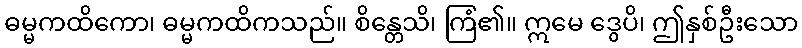
ဓမ္မကထိကော၊ ဓမ္မကထိကသည်။ စိန္တေသိ၊ ကြံ၏။ ဣမေ ဒွေပိ၊ ဤနှစ်ဦးသော